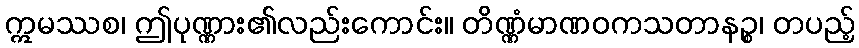
ဣမဿစ၊ ဤပုဏ္ဏား၏လည်းကောင်း။ တိဏ္ဏံမာဏဝကသတာနဉ္စ၊ တပည့်